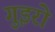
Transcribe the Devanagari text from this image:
गुइरो